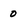
Character: 0